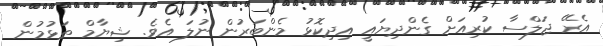
އެރޭ ޖަލްސާ ކުރިއަށް ގެންދިޔައީ އިދިކޮޅު މެންބަރުން ނުލަ އެވެ. ޝިޔާމް ތަޅުމުން